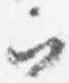
ヲ